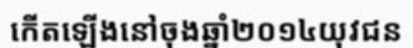
កើតឡើងនៅចុងឆ្នាំ២០១៤យុវជន